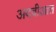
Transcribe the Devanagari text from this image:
अदवीआत